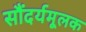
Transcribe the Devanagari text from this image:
सौंदर्यमूलक